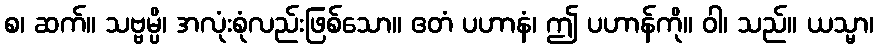
စ၊ ဆက်။ သဗ္ဗမ္ပိ၊ အလုံးစုံလည်းဖြစ်သော။ ဧတံ ပဟာနံ၊ ဤ ပဟာန်ကို။ ဝါ၊ သည်။ ယသ္မာ၊